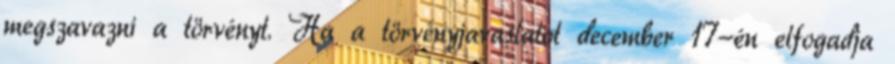
megszavazni a törvényt. Ha a törvényjavaslatot december 17-én elfogadja